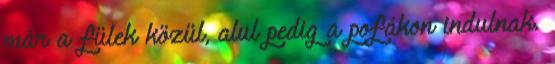
már a fülek közül, alul pedig a pofákon indulnak.